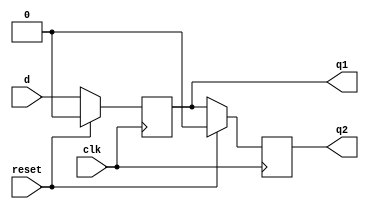
`timescale 1ns / 1ps
//////////////////////////////////////////////////////////////////////////////////
// Company: 
// Engineer: 
// 
// Design Name: 
// Module Name: d_ff_non_blocking
// Project Name: 
// Target Devices: 
// Tool Versions: 
// Description: 
// 
// Dependencies: 
// 
// Revision:
// Revision 0.01 - File Created
// Additional Comments:
// 
//////////////////////////////////////////////////////////////////////////////////


module d_ff_non_blocking(d, clk, reset, q1, q2);

input d, clk, reset;
output reg q1, q2;

always@(posedge clk)
    begin
        if(reset)
            begin
                q1 <= 0;
                q2 <= 0;
            end
        else
            begin
                q1 <= d;
                q2 <= q1;
            end
    end   
endmodule